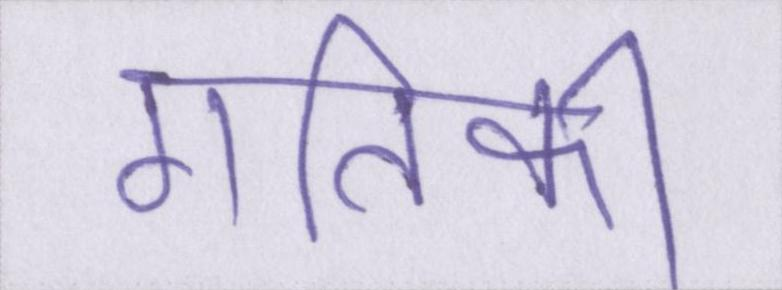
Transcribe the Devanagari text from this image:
गतिकी